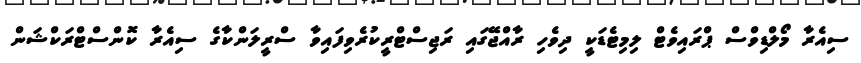
ސިއެރާ މޯލްޑިވްސް ޕްރައިވެޓް ލިމިޓެޑަކީ ދިވެހި ރާއްޖޭގައި ރަޖިސްޓްރީކުރެވިފައިވާ ސްރީލަންކާގެ ސިއެރާ ކޮންސްޓްރަކްޝަން